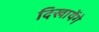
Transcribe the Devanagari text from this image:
दिखायेंगे